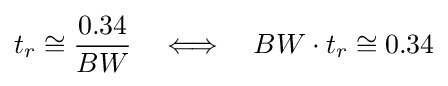
t_{r}\cong {\frac {0.34}{BW}}\quad \Longleftrightarrow \quad BW\cdot t_{r}\cong 0.34